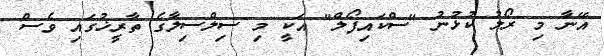
އޭނާ މި ރޯލު ކުޅުނު "ސްކައިފޯލް" އަކީ މި ސިލްސިލާގެ ތާރީޚުގައި ވެސް